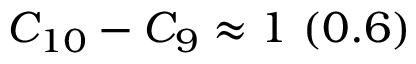
C _ { 1 0 } - C _ { 9 } \approx 1 ~ ( 0 . 6 )